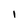
Character: l